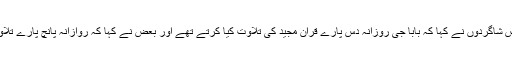
بابا جی کے بعض شاگردوں نے کہا کہ بابا جی روزانہ دس پارے قرآن مجید کی تلاوت کیا کرتے تھے اور بعض نے کہا کہ روازانہ پانچ پارے تلاوت کرتے تھے ۔